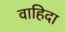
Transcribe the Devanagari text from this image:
वाहिदा